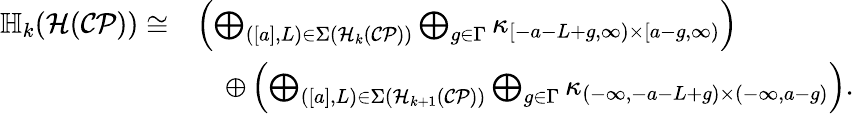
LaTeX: \begin{array}{rl}{\mathbb{H}_{k}(\mathcal{H}(\mathcal{CP}))\cong}&{\left(\bigoplus_{([a],L)\in\Sigma(\mathcal{H}_{k}(\mathcal{CP}))}\bigoplus_{g\in\Gamma}\kappa_{[-a-L+g,\infty)\times[a-g,\infty)}\right)}\\ &{\quad\oplus\left(\bigoplus_{([a],L)\in\Sigma(\mathcal{H}_{k+1}(\mathcal{CP}))}\bigoplus_{g\in\Gamma}\kappa_{(-\infty,-a-L+g)\times(-\infty,a-g)}\right).}\end{array}